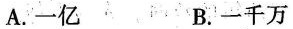
A.一亿 B.一千万